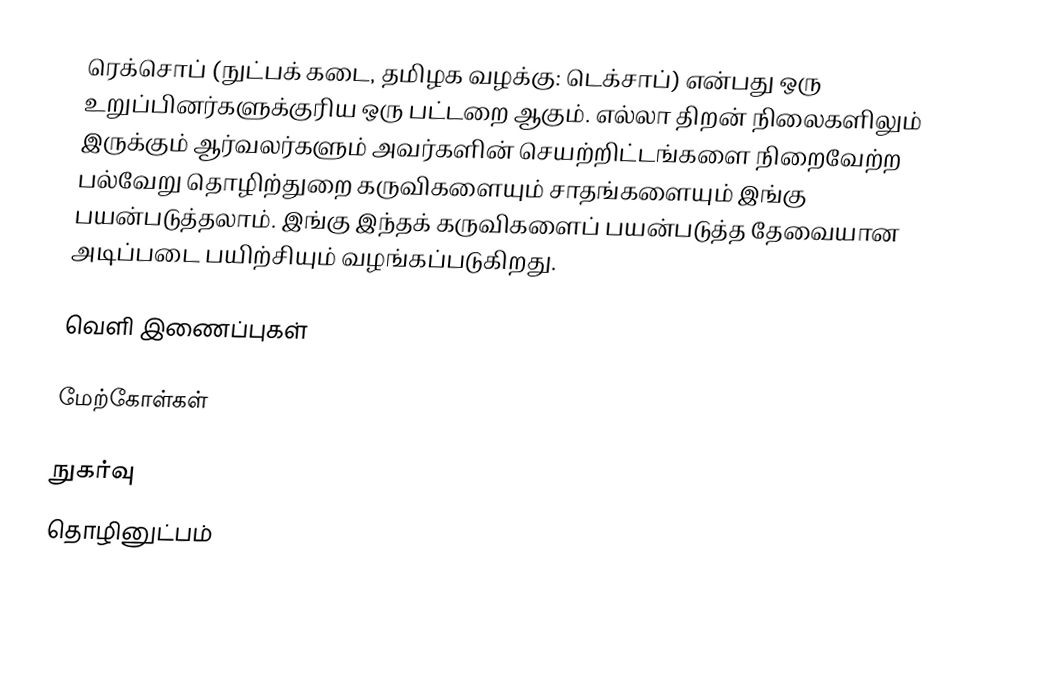
ரெக்சொப் (நுட்பக் கடை,  தமிழக வழக்கு: டெக்சாப்) என்பது ஒரு உறுப்பினர்களுக்குரிய ஒரு பட்டறை ஆகும்.  எல்லா திறன் நிலைகளிலும் இருக்கும் ஆர்வலர்களும் அவர்களின் செயற்றிட்டங்களை நிறைவேற்ற பல்வேறு தொழிற்துறை கருவிகளையும் சாதங்களையும் இங்கு பயன்படுத்தலாம்.  இங்கு இந்தக் கருவிகளைப் பயன்படுத்த தேவையான அடிப்படை பயிற்சியும் வழங்கப்படுகிறது.

வெளி இணைப்புகள்

மேற்கோள்கள்

நுகர்வு
தொழினுட்பம்